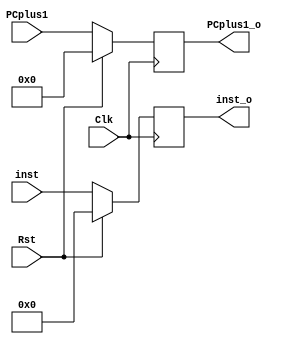
`timescale 1ns / 1ps
//////////////////////////////////////////////////////////////////////////////////
// Company: 			NTU
// 
// Design Name: 
// Module Name:    	IF_stage 
// Project Name: 		uP16_5Stage
// Target Devices: 	Spartan 6
// Tool versions: 
// Description: 
//
// Dependencies: 
//
// Revision: 
// Revision 0.01 - File Created
// Additional Comments: 
//
//////////////////////////////////////////////////////////////////////////////////


module IF_ID_PR #(parameter ISIZE=18, DSIZE=16) (
    input Clk, Rst, 
	 input [DSIZE-1:0] PCplus1,
	 input [ISIZE-1:0] inst,
	 output reg [DSIZE-1:0] PCplus1_o,
	 output reg [ISIZE-1:0] inst_o 
	 );


// IF:ID Pipeline register
always @ (posedge Clk)
	if (Rst) begin
		inst_o <= 18'b0;		// The current Instruction 
		PCplus1_o <= 16'b0;		// The next PC
		end
	else begin
		inst_o <= inst;		// The current Instruction 
		PCplus1_o <= PCplus1;	// The next PC	
		end

endmodule